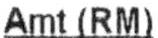
AMT(RM)